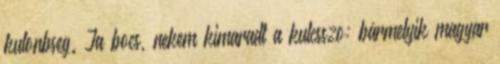
kulonbseg. Ja bocs, nekem kimaradt a kulcsszo: bármelyik magyar